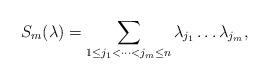
LaTeX: \begin{align*} S_m(\lambda)=\sum\limits_{1\leq j_1<\cdots<j_m\leq n}\lambda_{j_1}\dots\lambda_{j_m},\end{align*}